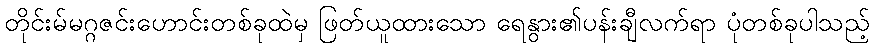
တိုင်းမ်မဂ္ဂဇင်းဟောင်းတစ်ခုထဲမှ ဖြတ်ယူထားသော ရေနွား၏ပန်းချီလက်ရာ ပုံတစ်ခုပါသည့်